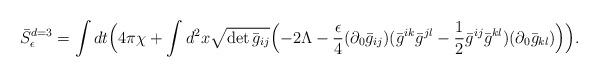
LaTeX: \begin{align*}\bar S_{\epsilon }^{d=3}=\int dt \Bigl( 4\pi\chi +\int d^2x \sqrt{\det \bar g_{ij}} \Bigl( -2\Lambda -\frac{\epsilon}{4} (\partial_{0}\bar g_{ij}) (\bar g^{ik}\bar g^{jl}-\frac{1}{2} \bar g^{ij} \bar g^{kl}) (\partial_{0}\bar g_{kl}) \Bigr) \Bigr).\end{align*}